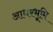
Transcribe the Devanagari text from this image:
आधरभूमि